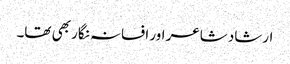
ارشاد شاعر اور افسانہ نگار بھی تھا۔